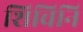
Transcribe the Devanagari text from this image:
शिचिनिं